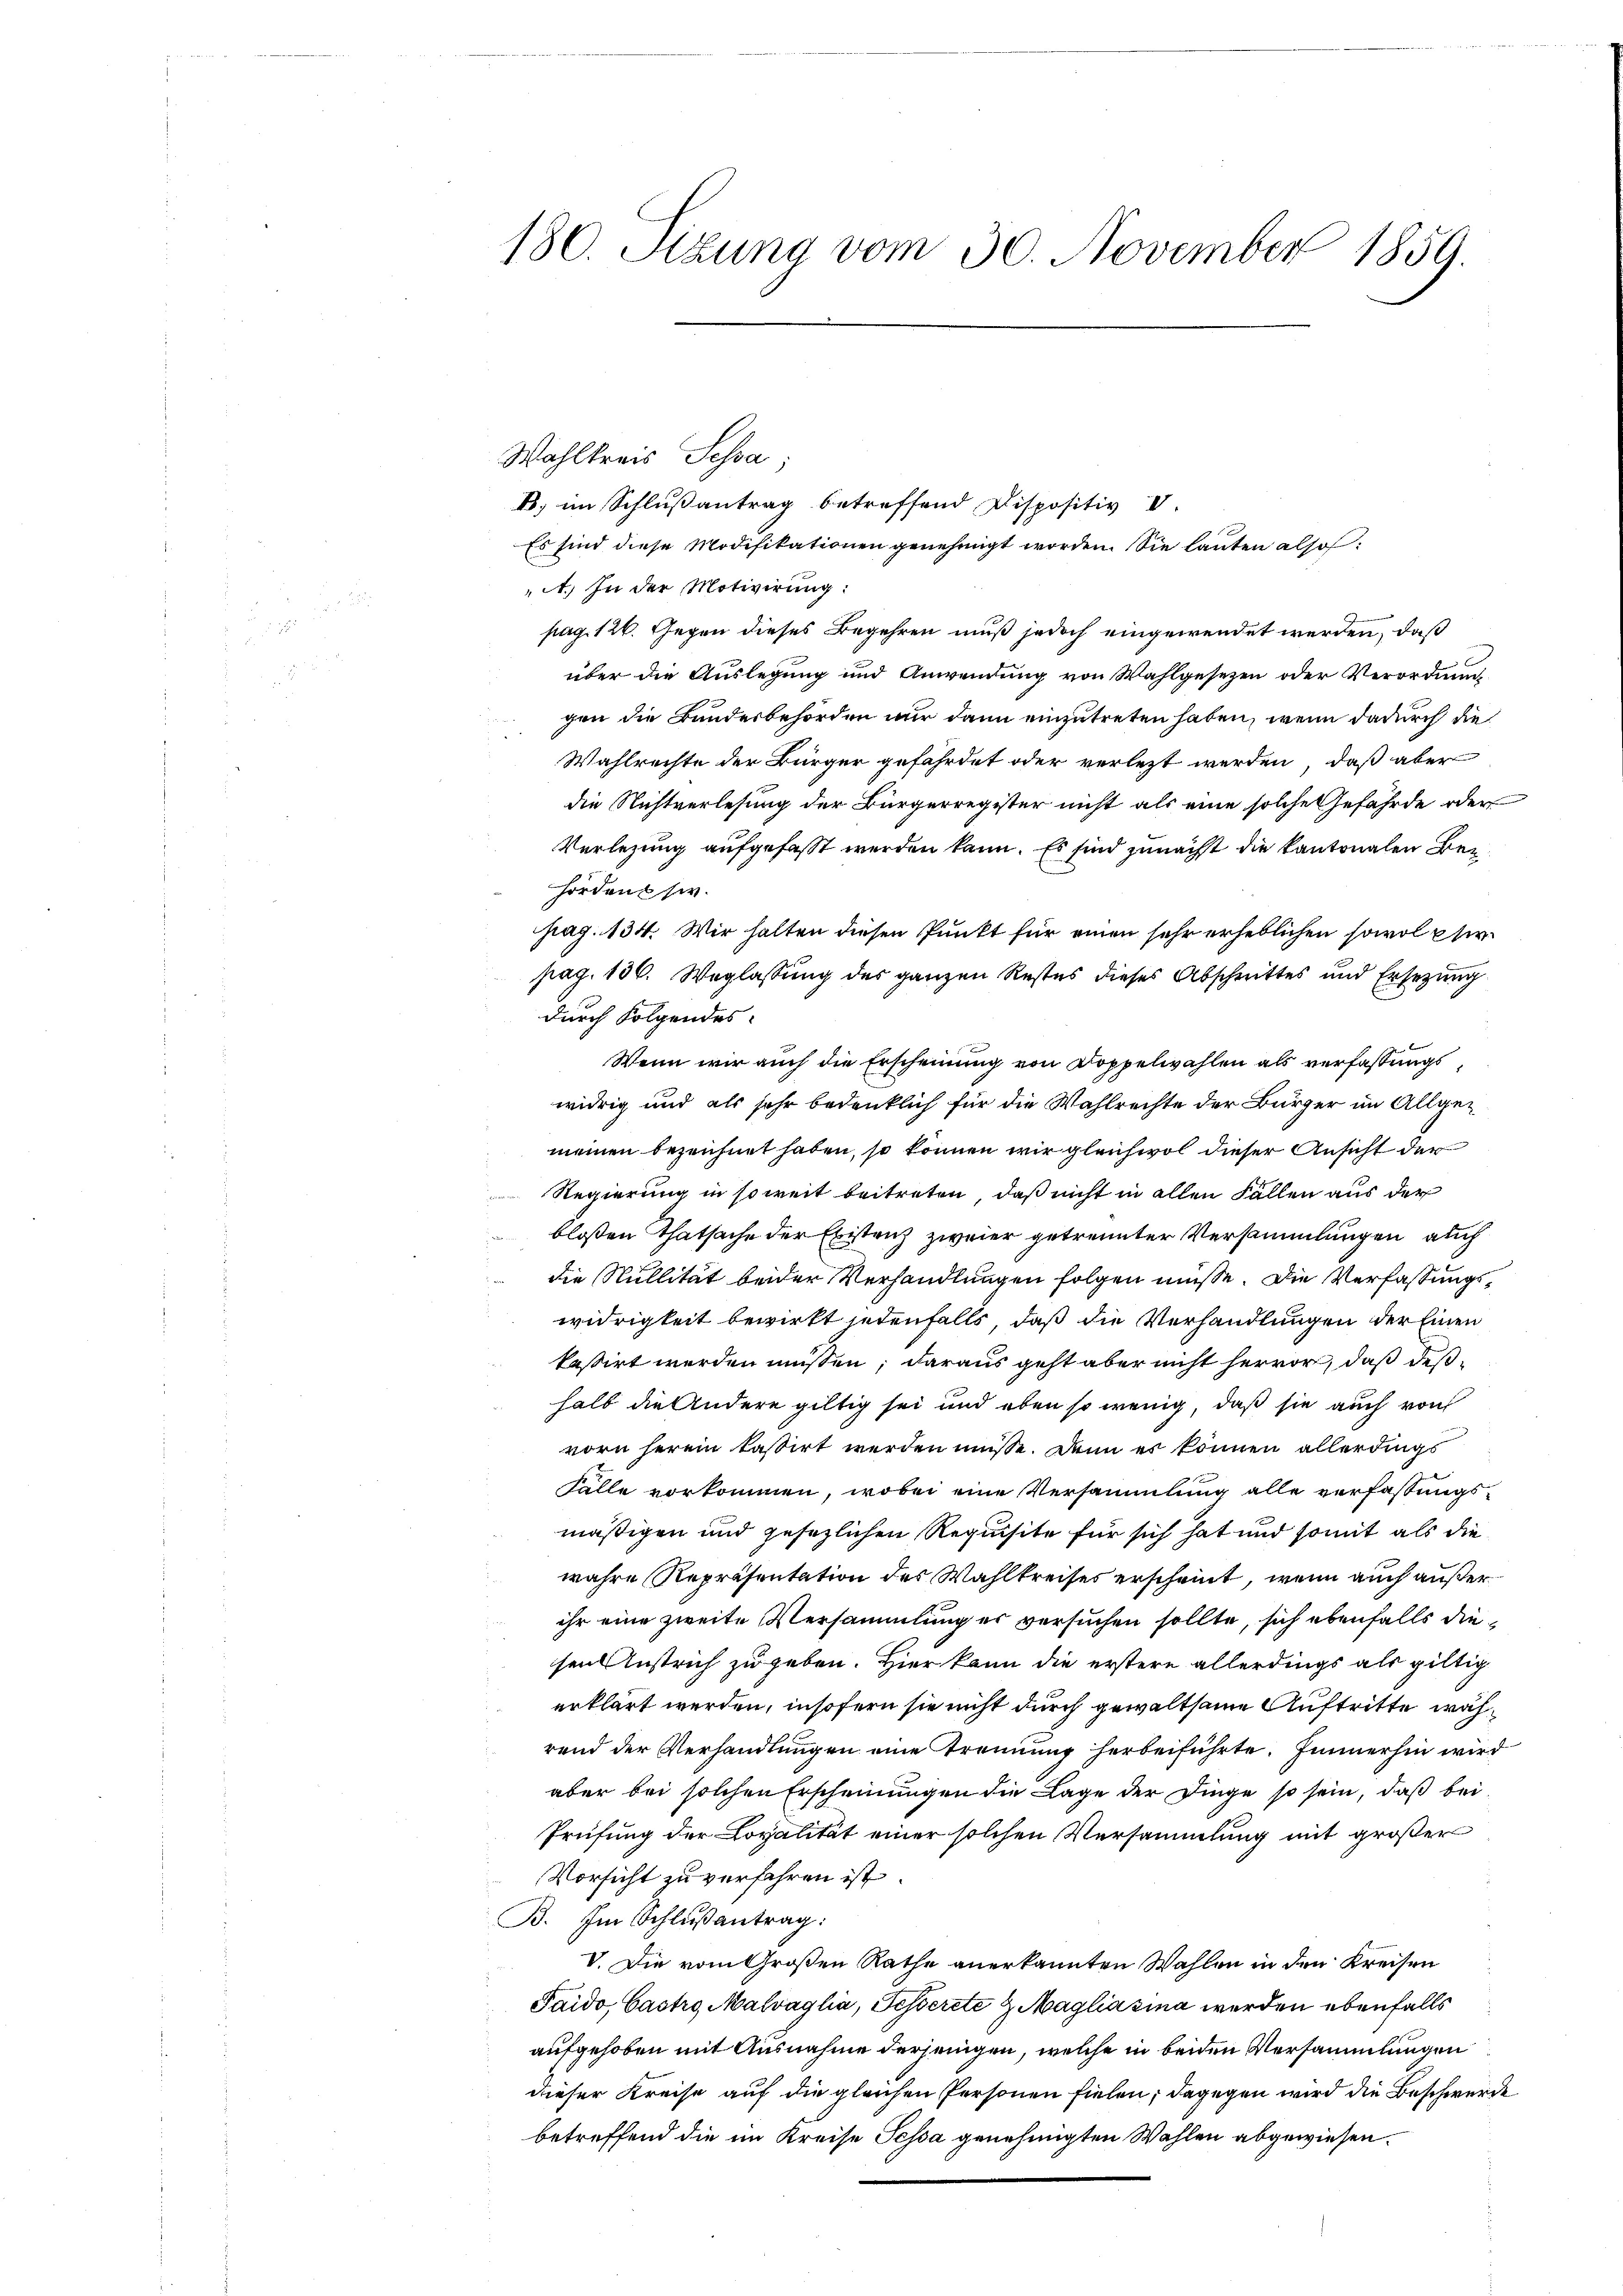
180. Stung vom 30. November 1859.

Wahlkreis Sehsa;
B. im Schlußantrag betreffend Dispositiv V
Es sind diese Modifikationen genehmigt worden. Sie lauten also
A.) In der Motivirung:
pag. 126. Gegen dieses Begehren muß jedoch eingewendet werden, daß
über die Auslegung und Anwendung von Wahlgesezen oder Verordnung
gen die Bundesbehörden nur dann einzutreten haben, wenn dadurch die
Wahlrechte der Bürger gefährdet oder verletzt werden, daß aber
die Nichtverlesung der Bürgerregister nicht als eine solche Gefährde oder
Verlegung aufgefasst werden kann. Es sind zunächst die kantonalen Behörden sie.
pag. 134. Wir halten diesen Punkt für einen sehr erheblichen sowol pfirpag. 130. Weglassung des ganzen Restes dieses Abschrittes und Ersetzung
durch Folgendes:
Wenn wir auch die Erscheinung von Doppelwahlen als verfassungs
widrig und als sehr bedenklich für die Wahlrechte der Bürger im Allgemeinen bezeichnet haben, so können wir gleichwol dieser Ansicht der
Regierung in soweit beitreten, daß nicht in allen Fällen aus der
blossen Thatsache der Existenz zweier getrennter Versammlungen auch
die Nullität beider Verhandlungen folgen müsse. Die Verfassungswidrigkeit bewirkt jedenfalls, daß die Verhandlungen der Einen
kassirt werden müssen; daraus geht aber nicht hervor, daß deßhalb die Andere giltig sei und eben so wenig, daß sie auch von
vorn herein kassirt werden müsse. Denn es können allerdings
Falle vorkommen, wobei eine Versammlung alle verfassungsmäßigen und gesezlichen Requisite für sich hat und somit als die
wahre Repräsentation des Wahlkreises erscheint, wenn auch außer
ihr eine zweite Versammlung er versuchen sollte, sich ebenfalls diesenlustrich zu geben. Hier kann die erstere allerdings als giltig
erklärt werden, insofern sie nicht durch gewaltsame Auftritte während der Verhandlungen eine Trennung herbeiführte. Immerhin wird
aber bei solchen Erscheinungen die Lage der Dinge so sein, daß bei
Prüfung der Lopalität einer solchen Versammlung mit großer
Vorsicht zu verfahren ist.
B. Im Schlußantrag:
V. Die vom Großen Rathe anerkannten Wahlen in den Kreisen
Taido Gastro Malvaglia, Fesserste & Magliasina werden ebenfalls
aufgehoben mit Ausnahme derjenigen, welche in beiden Versammlungen
dieser Kreise auf die gleichen Personen fielen; dagegen wird die Beschwerde
betreffend die im Kreise Tessa genehmigten Wahlen abgewiesen.